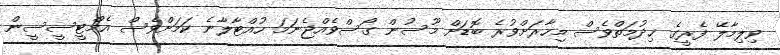
ވިލިމާލޭ ފެރީގެ ޚިދުމަތްވެސް މިހާރަށްވުރެ ބޮޑަށް މޫސުން ގޯސްވެއްޖެނަމަ ހުއްޓާލާނެ ކަމަށްވެސް އެމްޓީސީސީން